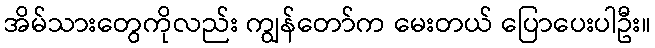
အိမ်သားတွေကိုလည်း ကျွန်တော်က မေးတယ် ပြောပေးပါဦး။